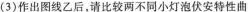
(3)作出图线乙后，请比较两不同小灯泡伏安特性曲